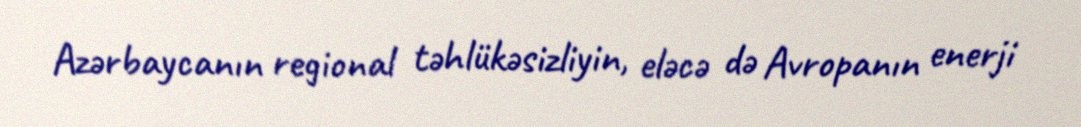
Azərbaycanın regional təhlükəsizliyin, eləcə də Avropanın enerji